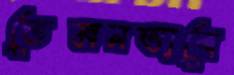
তেমনভাবে